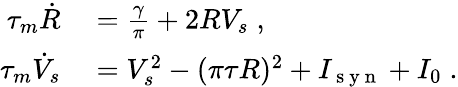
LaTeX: \begin{array}{rl}{\tau_{m}\dot{R}}&{{}=\frac{\gamma}{\pi}+2RV_{s}\; ,}\\ {\tau_{m}\dot{V}_{s}}&{{}=V_{s}^{2}-(\pi\tau R)^{2}+I_{\mathrm{~s~y~n~}}+I_{0}\; .}\end{array}